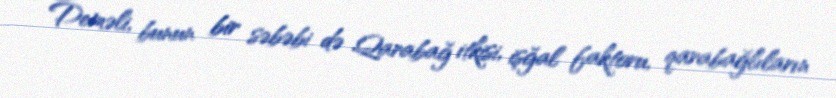
Deməli, bunun bir səbəbi də Qarabağ itkisi, işğal faktoru, qarabağlıların